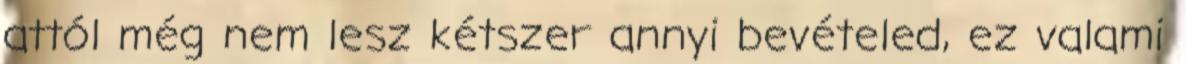
attól még nem lesz kétszer annyi bevételed, ez valami